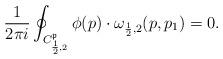
LaTeX: \begin{align*} \frac{1}{2\pi i}\oint_{C^{\mathfrak{p}}_{\frac12,2}}\phi(p)\cdot\omega_{\frac12,2}(p,p_1)=0. \end{align*}